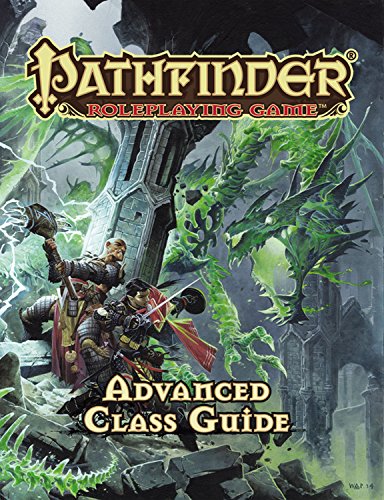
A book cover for Pathfinder RPG: Advanced Class Guide (Pathfinder Adventure Path); Jason Bulmahn; Science Fiction & Fantasy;